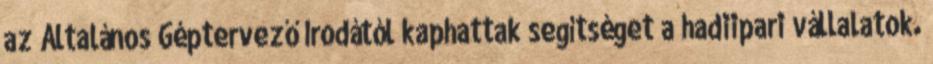
az Általános Géptervező Irodától kaphattak segítséget a hadiipari vállalatok.